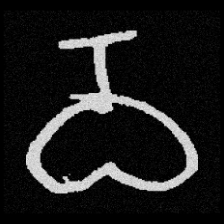
Pyu character \u2014 Myanmar letter: ဝ (romanized: wa)